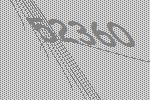
52360